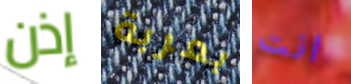
إذن بعربة انت